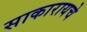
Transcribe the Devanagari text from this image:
साकारायचे